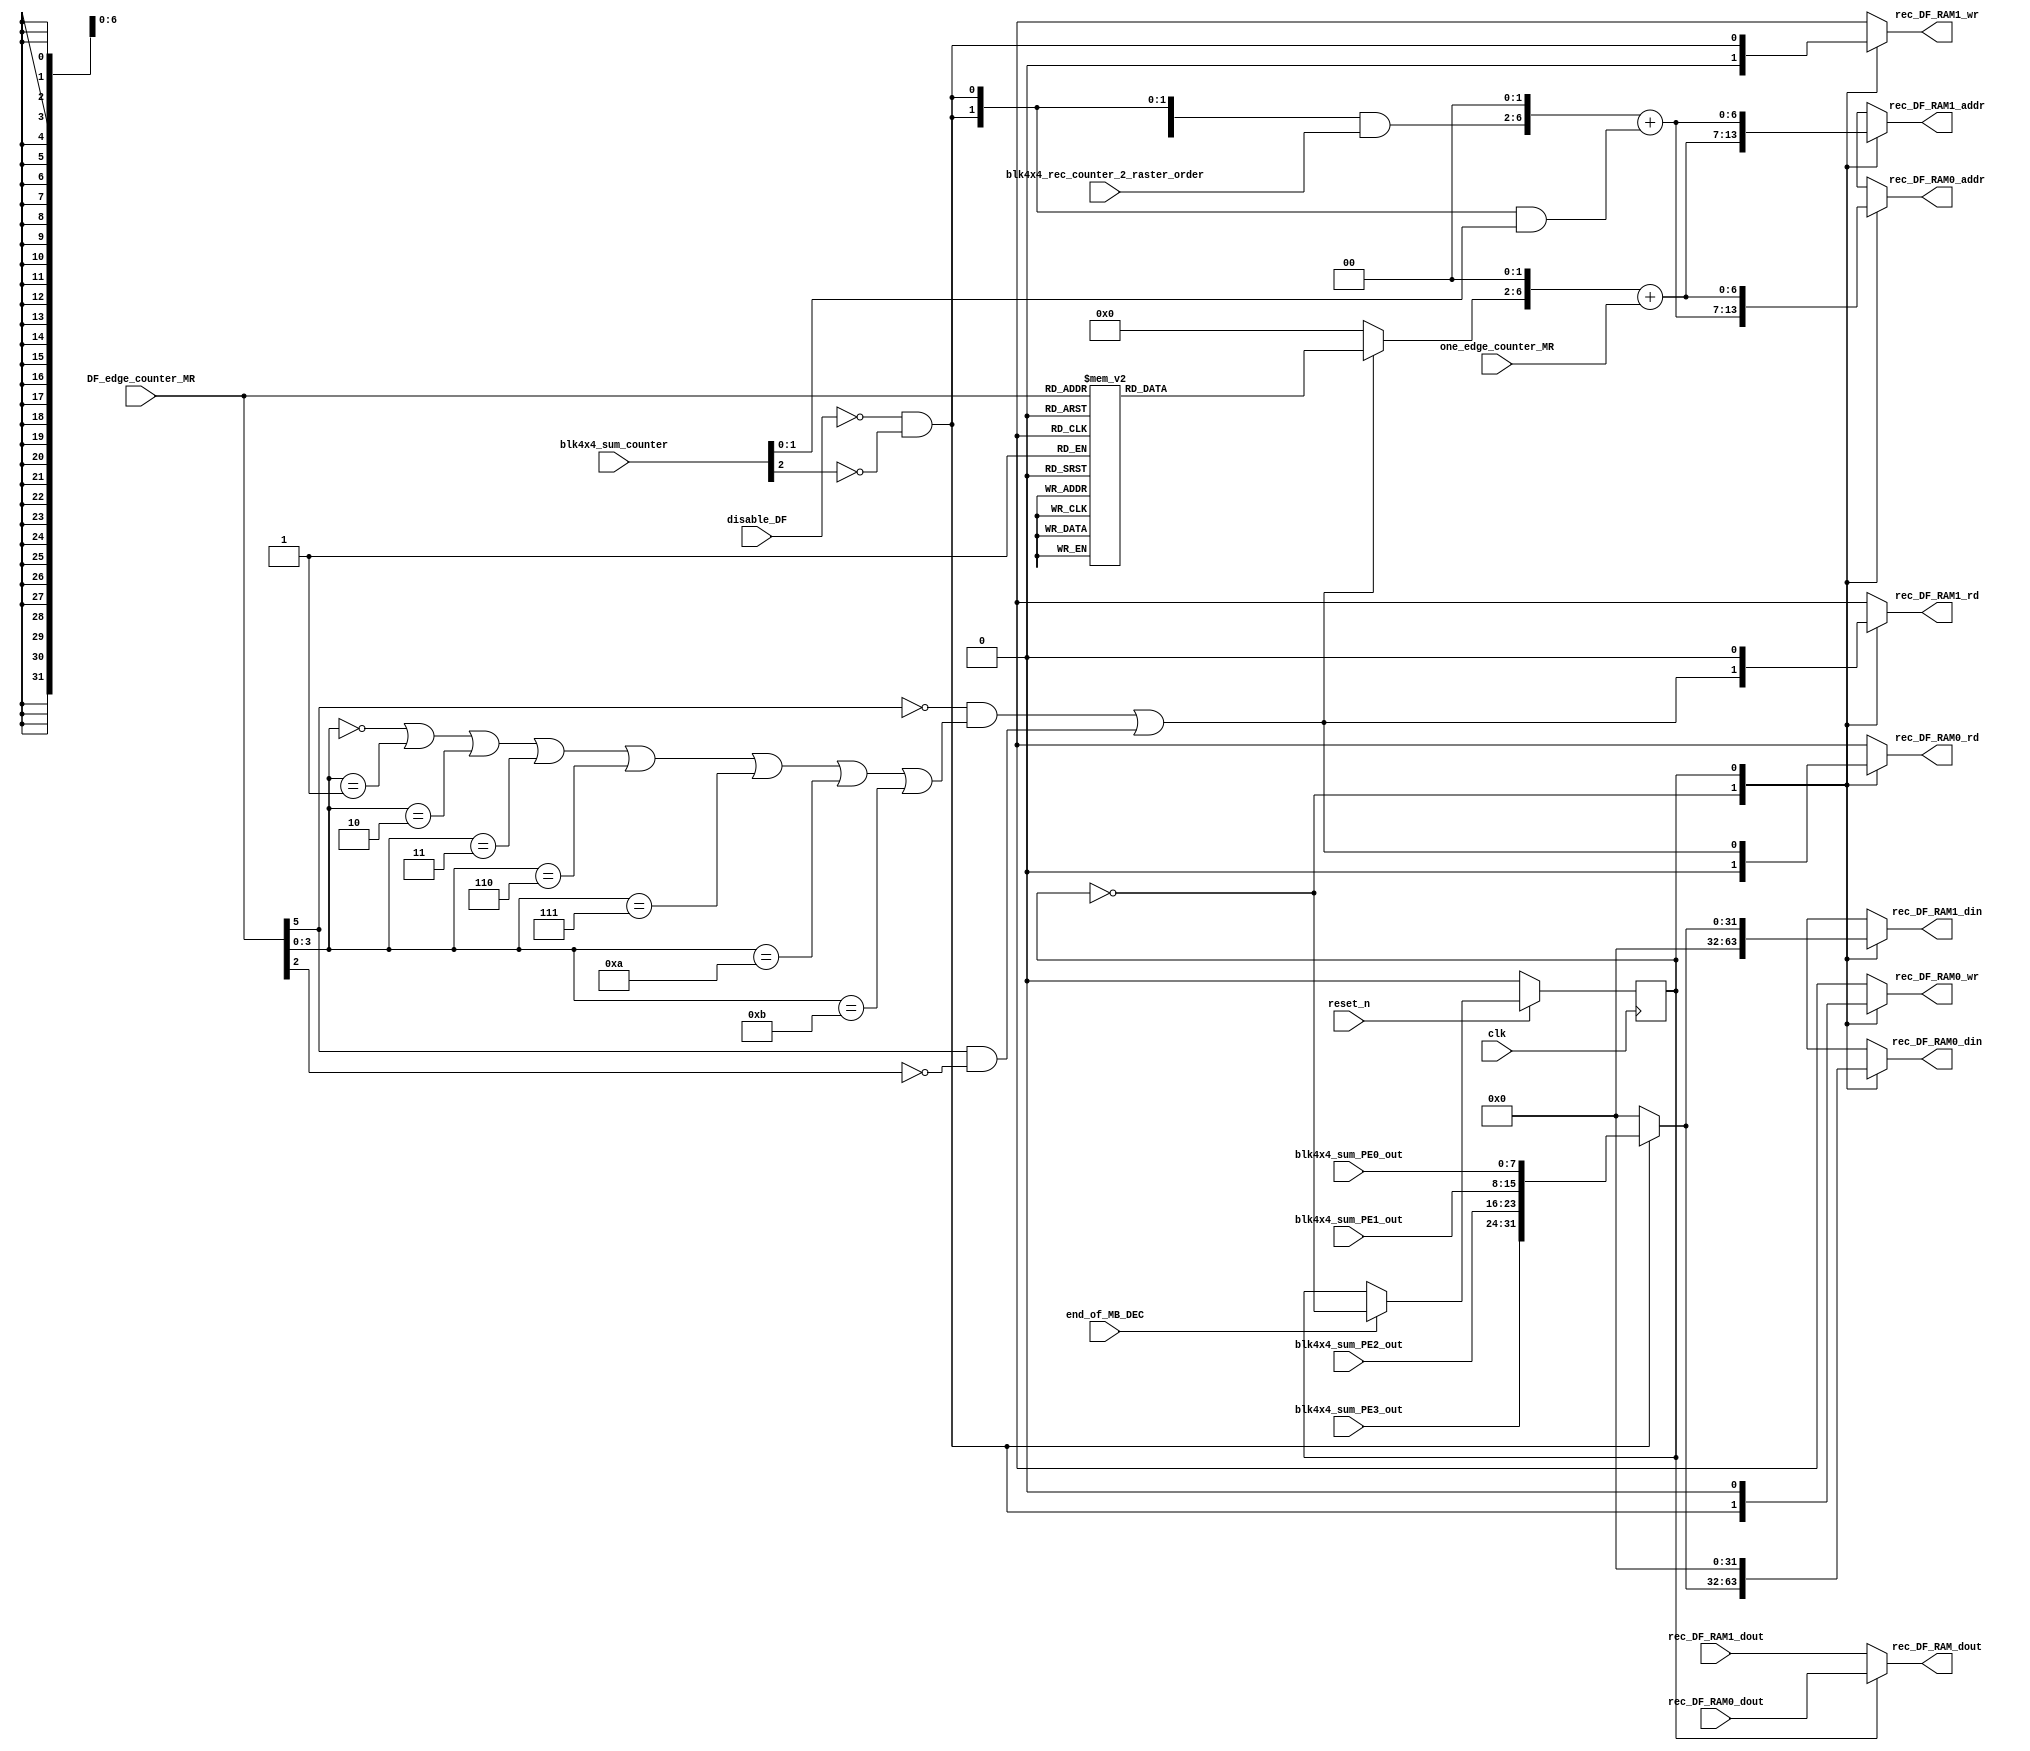
module rec_DF_RAM_ctrl (clk,reset_n,disable_DF,end_of_MB_DEC,
	DF_edge_counter_MR,one_edge_counter_MR,
	blk4x4_sum_PE0_out,blk4x4_sum_PE1_out,blk4x4_sum_PE2_out,blk4x4_sum_PE3_out,
	blk4x4_sum_counter,blk4x4_rec_counter_2_raster_order,rec_DF_RAM0_dout,rec_DF_RAM1_dout,
	
	rec_DF_RAM_dout,
	rec_DF_RAM0_wr,rec_DF_RAM0_rd,rec_DF_RAM0_addr,rec_DF_RAM0_din,
	rec_DF_RAM1_wr,rec_DF_RAM1_rd,rec_DF_RAM1_addr,rec_DF_RAM1_din);
	input clk,reset_n;
	input disable_DF;
	input end_of_MB_DEC;
	input [5:0] DF_edge_counter_MR;
	input [1:0] one_edge_counter_MR;
	input [7:0] blk4x4_sum_PE0_out,blk4x4_sum_PE1_out,blk4x4_sum_PE2_out,blk4x4_sum_PE3_out;
	input [2:0] blk4x4_sum_counter;
	input [4:0] blk4x4_rec_counter_2_raster_order;
	input [31:0] rec_DF_RAM0_dout,rec_DF_RAM1_dout;
	
	output [31:0] rec_DF_RAM_dout;
	output rec_DF_RAM0_wr;
	output rec_DF_RAM0_rd;
	output [6:0]rec_DF_RAM0_addr;
	output [31:0] rec_DF_RAM0_din;
	output rec_DF_RAM1_wr;
	output rec_DF_RAM1_rd;
	output [6:0]rec_DF_RAM1_addr;
	output [31:0] rec_DF_RAM1_din;
	
	reg rec_DF_RAM0_wr;
	reg rec_DF_RAM0_rd;
	reg [6:0]rec_DF_RAM0_addr;
	reg [31:0] rec_DF_RAM0_din;
	reg rec_DF_RAM1_wr;
	reg rec_DF_RAM1_rd;
	reg [6:0]rec_DF_RAM1_addr;
	reg [31:0] rec_DF_RAM1_din;
	//-----------------------------------------------------------------
	//Write:after reconstruction 
	//-----------------------------------------------------------------	
	wire rec_DF_RAM_wr;
	wire [4:0] rec_DF_RAM_wr_addr_blk4x4;
	wire [1:0] rec_DF_RAM_wr_addr_offset;
	wire [6:0] rec_DF_RAM_wr_addr;
	wire [31:0] rec_DF_RAM_din;
	
	assign rec_DF_RAM_wr = !disable_DF && (blk4x4_sum_counter[2] != 1'b1);
	assign rec_DF_RAM_wr_addr_blk4x4 = {5{rec_DF_RAM_wr}} & blk4x4_rec_counter_2_raster_order;
	assign rec_DF_RAM_wr_addr_offset = {2{rec_DF_RAM_wr}} & blk4x4_sum_counter[1:0];
	assign rec_DF_RAM_wr_addr = {rec_DF_RAM_wr_addr_blk4x4,2'b0} + rec_DF_RAM_wr_addr_offset;
	assign rec_DF_RAM_din = (rec_DF_RAM_wr)? {blk4x4_sum_PE3_out,blk4x4_sum_PE2_out,blk4x4_sum_PE1_out,blk4x4_sum_PE0_out}:0;
	//-----------------------------------------------------------------
	//Read:during deblocking filter
	//-----------------------------------------------------------------	
	wire rec_DF_RAM_rd;
	reg [4:0] rec_DF_RAM_rd_addr_blk4x4;
	wire [1:0] rec_DF_RAM_rd_addr_offset;
	wire [6:0] rec_DF_RAM_rd_addr;
	
	assign rec_DF_RAM_rd = ((DF_edge_counter_MR[5] == 1'b0 && (DF_edge_counter_MR[3:0] == 4'd0 ||
	DF_edge_counter_MR[3:0] == 4'd1     ||  DF_edge_counter_MR[3:0] == 4'd2 || DF_edge_counter_MR[3:0] == 4'd3 ||
	DF_edge_counter_MR[3:0] == 4'd6     ||  DF_edge_counter_MR[3:0] == 4'd7 || DF_edge_counter_MR[3:0] == 4'd10||
	DF_edge_counter_MR[3:0] == 4'd11))  || (DF_edge_counter_MR[5] == 1'b1   && DF_edge_counter_MR[2] == 1'b0));
	
	always @ (rec_DF_RAM_rd or DF_edge_counter_MR)
		if (rec_DF_RAM_rd)
			case (DF_edge_counter_MR)
				6'd0 :rec_DF_RAM_rd_addr_blk4x4 <= 5'd0;
				6'd1 :rec_DF_RAM_rd_addr_blk4x4 <= 5'd1;
				6'd2 :rec_DF_RAM_rd_addr_blk4x4 <= 5'd4;
				6'd3 :rec_DF_RAM_rd_addr_blk4x4 <= 5'd5;
				6'd6 :rec_DF_RAM_rd_addr_blk4x4 <= 5'd2;
				6'd7 :rec_DF_RAM_rd_addr_blk4x4 <= 5'd6;
				6'd10:rec_DF_RAM_rd_addr_blk4x4 <= 5'd3; 
				6'd11:rec_DF_RAM_rd_addr_blk4x4 <= 5'd7; 
				6'd16:rec_DF_RAM_rd_addr_blk4x4 <= 5'd8;
				6'd17:rec_DF_RAM_rd_addr_blk4x4 <= 5'd9;
				6'd18:rec_DF_RAM_rd_addr_blk4x4 <= 5'd12;
				6'd19:rec_DF_RAM_rd_addr_blk4x4 <= 5'd13;
				6'd22:rec_DF_RAM_rd_addr_blk4x4 <= 5'd10;
				6'd23:rec_DF_RAM_rd_addr_blk4x4 <= 5'd14;
				6'd26:rec_DF_RAM_rd_addr_blk4x4 <= 5'd11;
				6'd27:rec_DF_RAM_rd_addr_blk4x4 <= 5'd15;
				6'd32:rec_DF_RAM_rd_addr_blk4x4 <= 5'd16;
				6'd33:rec_DF_RAM_rd_addr_blk4x4 <= 5'd17;
				6'd34:rec_DF_RAM_rd_addr_blk4x4 <= 5'd18;
				6'd35:rec_DF_RAM_rd_addr_blk4x4 <= 5'd19;
				6'd40:rec_DF_RAM_rd_addr_blk4x4 <= 5'd20;
				6'd41:rec_DF_RAM_rd_addr_blk4x4 <= 5'd21;
				6'd42:rec_DF_RAM_rd_addr_blk4x4 <= 5'd22;
				6'd43:rec_DF_RAM_rd_addr_blk4x4 <= 5'd23;
				default:rec_DF_RAM_rd_addr_blk4x4 <= 0;
			endcase
		else 
			rec_DF_RAM_rd_addr_blk4x4 <= 0;
			
	assign rec_DF_RAM_rd_addr_offset = one_edge_counter_MR;
	assign rec_DF_RAM_rd_addr = {rec_DF_RAM_rd_addr_blk4x4,2'b0} + rec_DF_RAM_rd_addr_offset;
	
	//----------------------------------------------------------------------------------
	//Generate control signals for rec_DF_RAM0 & rec_DF_RAM1 
	//---------------------------------------------------------------------------------- 			
	reg rec_DF_RAM_sel;	//0:rec_DF_RAM0 at reconstruction stage			
						//0:rec_DF_RAM1 at DF stage
						//1:rec_DF_RAM0 at DF stage			
						//1:rec_DF_RAM1 at reconstruction stage
	always @ (posedge clk)
		if (reset_n == 1'b0)
			rec_DF_RAM_sel <= 1'b0;
		else if (end_of_MB_DEC)
			rec_DF_RAM_sel <= ~ rec_DF_RAM_sel;	
			
	assign rec_DF_RAM_dout = (rec_DF_RAM_sel == 1'b0)? rec_DF_RAM1_dout:rec_DF_RAM0_dout;
	
	always @ (rec_DF_RAM_sel
		or rec_DF_RAM_wr or rec_DF_RAM_wr_addr or rec_DF_RAM_din
		or rec_DF_RAM_rd or rec_DF_RAM_rd_addr)
		case (rec_DF_RAM_sel)
			1'b0:	//rec_DF_RAM0 at reconstruction stage,rec_DF_RAM1 at DF stage
			begin
				rec_DF_RAM0_wr <= rec_DF_RAM_wr;	
				rec_DF_RAM0_rd <= 1'b0;			  
				rec_DF_RAM0_addr <= rec_DF_RAM_wr_addr;		
				rec_DF_RAM0_din  <= rec_DF_RAM_din;	
				
				rec_DF_RAM1_wr <= 1'b0;	
				rec_DF_RAM1_rd <= rec_DF_RAM_rd;			  
				rec_DF_RAM1_addr <= rec_DF_RAM_rd_addr;		
				rec_DF_RAM1_din  <= 0;
			end
			1'b1:	//rec_DF_RAM0 at DF stage,rec_DF_RAM1 at reconstruction stage
			begin
				rec_DF_RAM0_wr <= 1'b0;	
				rec_DF_RAM0_rd <= rec_DF_RAM_rd;			  
				rec_DF_RAM0_addr <= rec_DF_RAM_rd_addr;		
				rec_DF_RAM0_din  <= 0;
				
				rec_DF_RAM1_wr <= rec_DF_RAM_wr;	
				rec_DF_RAM1_rd <= 1'b0;			  
				rec_DF_RAM1_addr <= rec_DF_RAM_wr_addr;		
				rec_DF_RAM1_din  <= rec_DF_RAM_din;	
			end
		endcase
endmodule